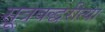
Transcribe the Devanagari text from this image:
सूत्रबद्धरीत्या